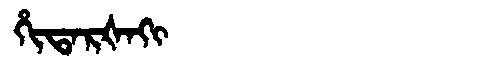
Manchu: ᡥᡳᡨᠠᡵᡧᠠᡴᡳ
Romanization: HITARŠAKI